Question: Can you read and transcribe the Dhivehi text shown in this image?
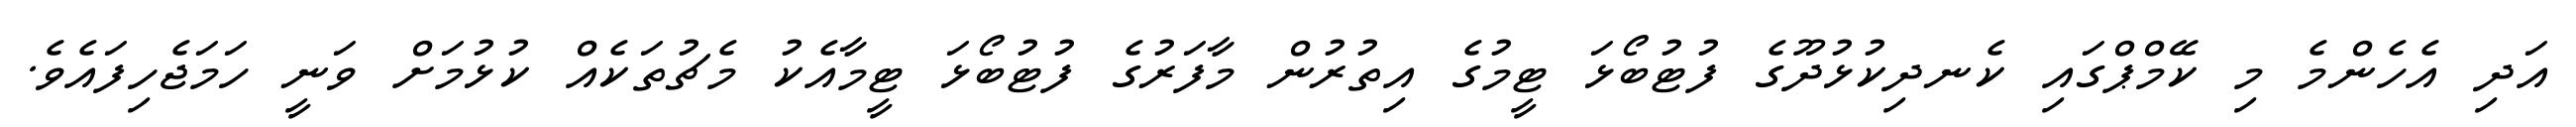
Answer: އަދި އެހެންމެ މި ކޭމްޕްގައި ކެނދިކުޅުދޫގެ ފުޓުބޯޅަ ޓީމުގެ އިތުރުން މާފަރުގެ ފުޓުބޯޅަ ޓީމާއެކު މެޗުތަކެއް ކުޅުމަށް ވަނީ ހަމަޖެހިފައެވެ.